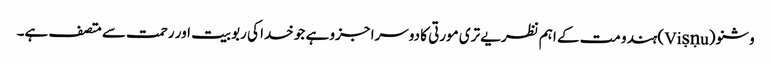
وشنو (Viṣṇu) ہندو مت کے اہم نظریے تری مورتی کا دوسرا جزو ہے جو خدا کی ربوبیت اور رحمت سے متصف ہے۔